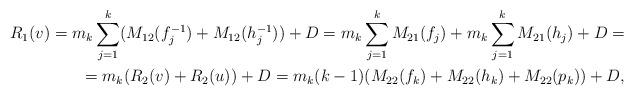
LaTeX: \begin{align*}R_1(v)= m_k \sum_{j=1}^k (M_{12}(f_j^{-1})+M_{12}(h_j^{-1})) + D =m_k \sum_{j=1}^k M_{21}(f_j)+ m_k \sum_{j=1}^k M_{21}(h_j) + D = \\ = m_k (R_2(v)+R_2(u))+D = m_k (k-1) (M_{22}(f_k)+M_{22}(h_k)+M_{22}(p_k))+D,\end{align*}